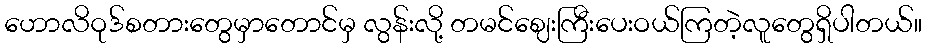
ဟောလိဝုဒ်စတားတွေမှာတောင်မှ လွန်းလို့ တမင်ဈေးကြီးပေးဝယ်ကြတဲ့လူတွေရှိပါတယ်။